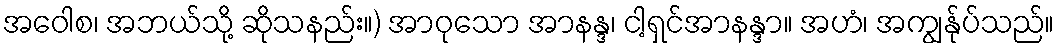
အဝေါစ၊ အဘယ်သို့ ဆိုသနည်း။) အာဝုသော အာနန္ဒ၊ ငါ့ရှင်အာနန္ဒာ။ အဟံ၊ အကျွန်ုပ်သည်။